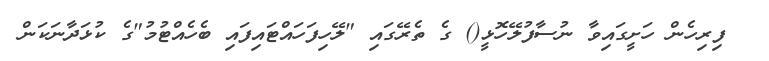
ފިރިހެން ހަށީގައިވާ ނުސާފުލޭހޮޅީ() ގެ ތެރޭގައި "ލޭހިފަހައްޓައިފައި ބެހެއްޓުމު"ގެ ކުޅަދާނަކަން